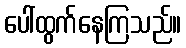
ပေါ်ထွက်နေကြသည်။